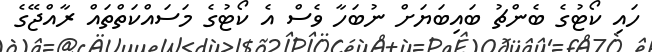
ހައި ކޯޓުގެ ބެންޗު ބައިބަޔަށް ނުބަހާ ވެސް އެ ކޯޓުގެ މަސައްކަތްތައް ރާއްޖޭގެ